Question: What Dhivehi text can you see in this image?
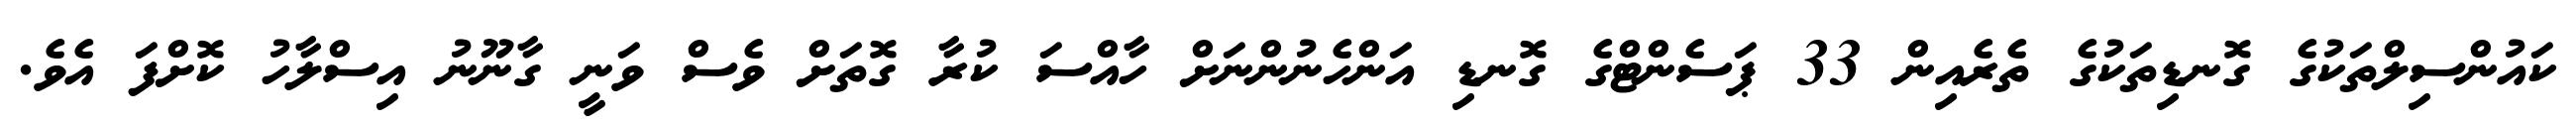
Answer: ކައުންސިލްތަކުގެ ގޮނޑިތަކުގެ ތެރެއިން 33 ޕަސެންޓްގެ ގޮނޑި އަންހެނުންނަށް ހާއްސަ ކުރާ ގޮތަށް ވެސް ވަނީ ގާނޫނު އިސްލާހު ކޮށްފަ އެވެ.